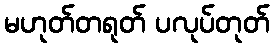
မဟုတ်တရုတ် ပလုပ်တုတ်